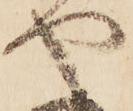
や